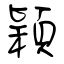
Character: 穎